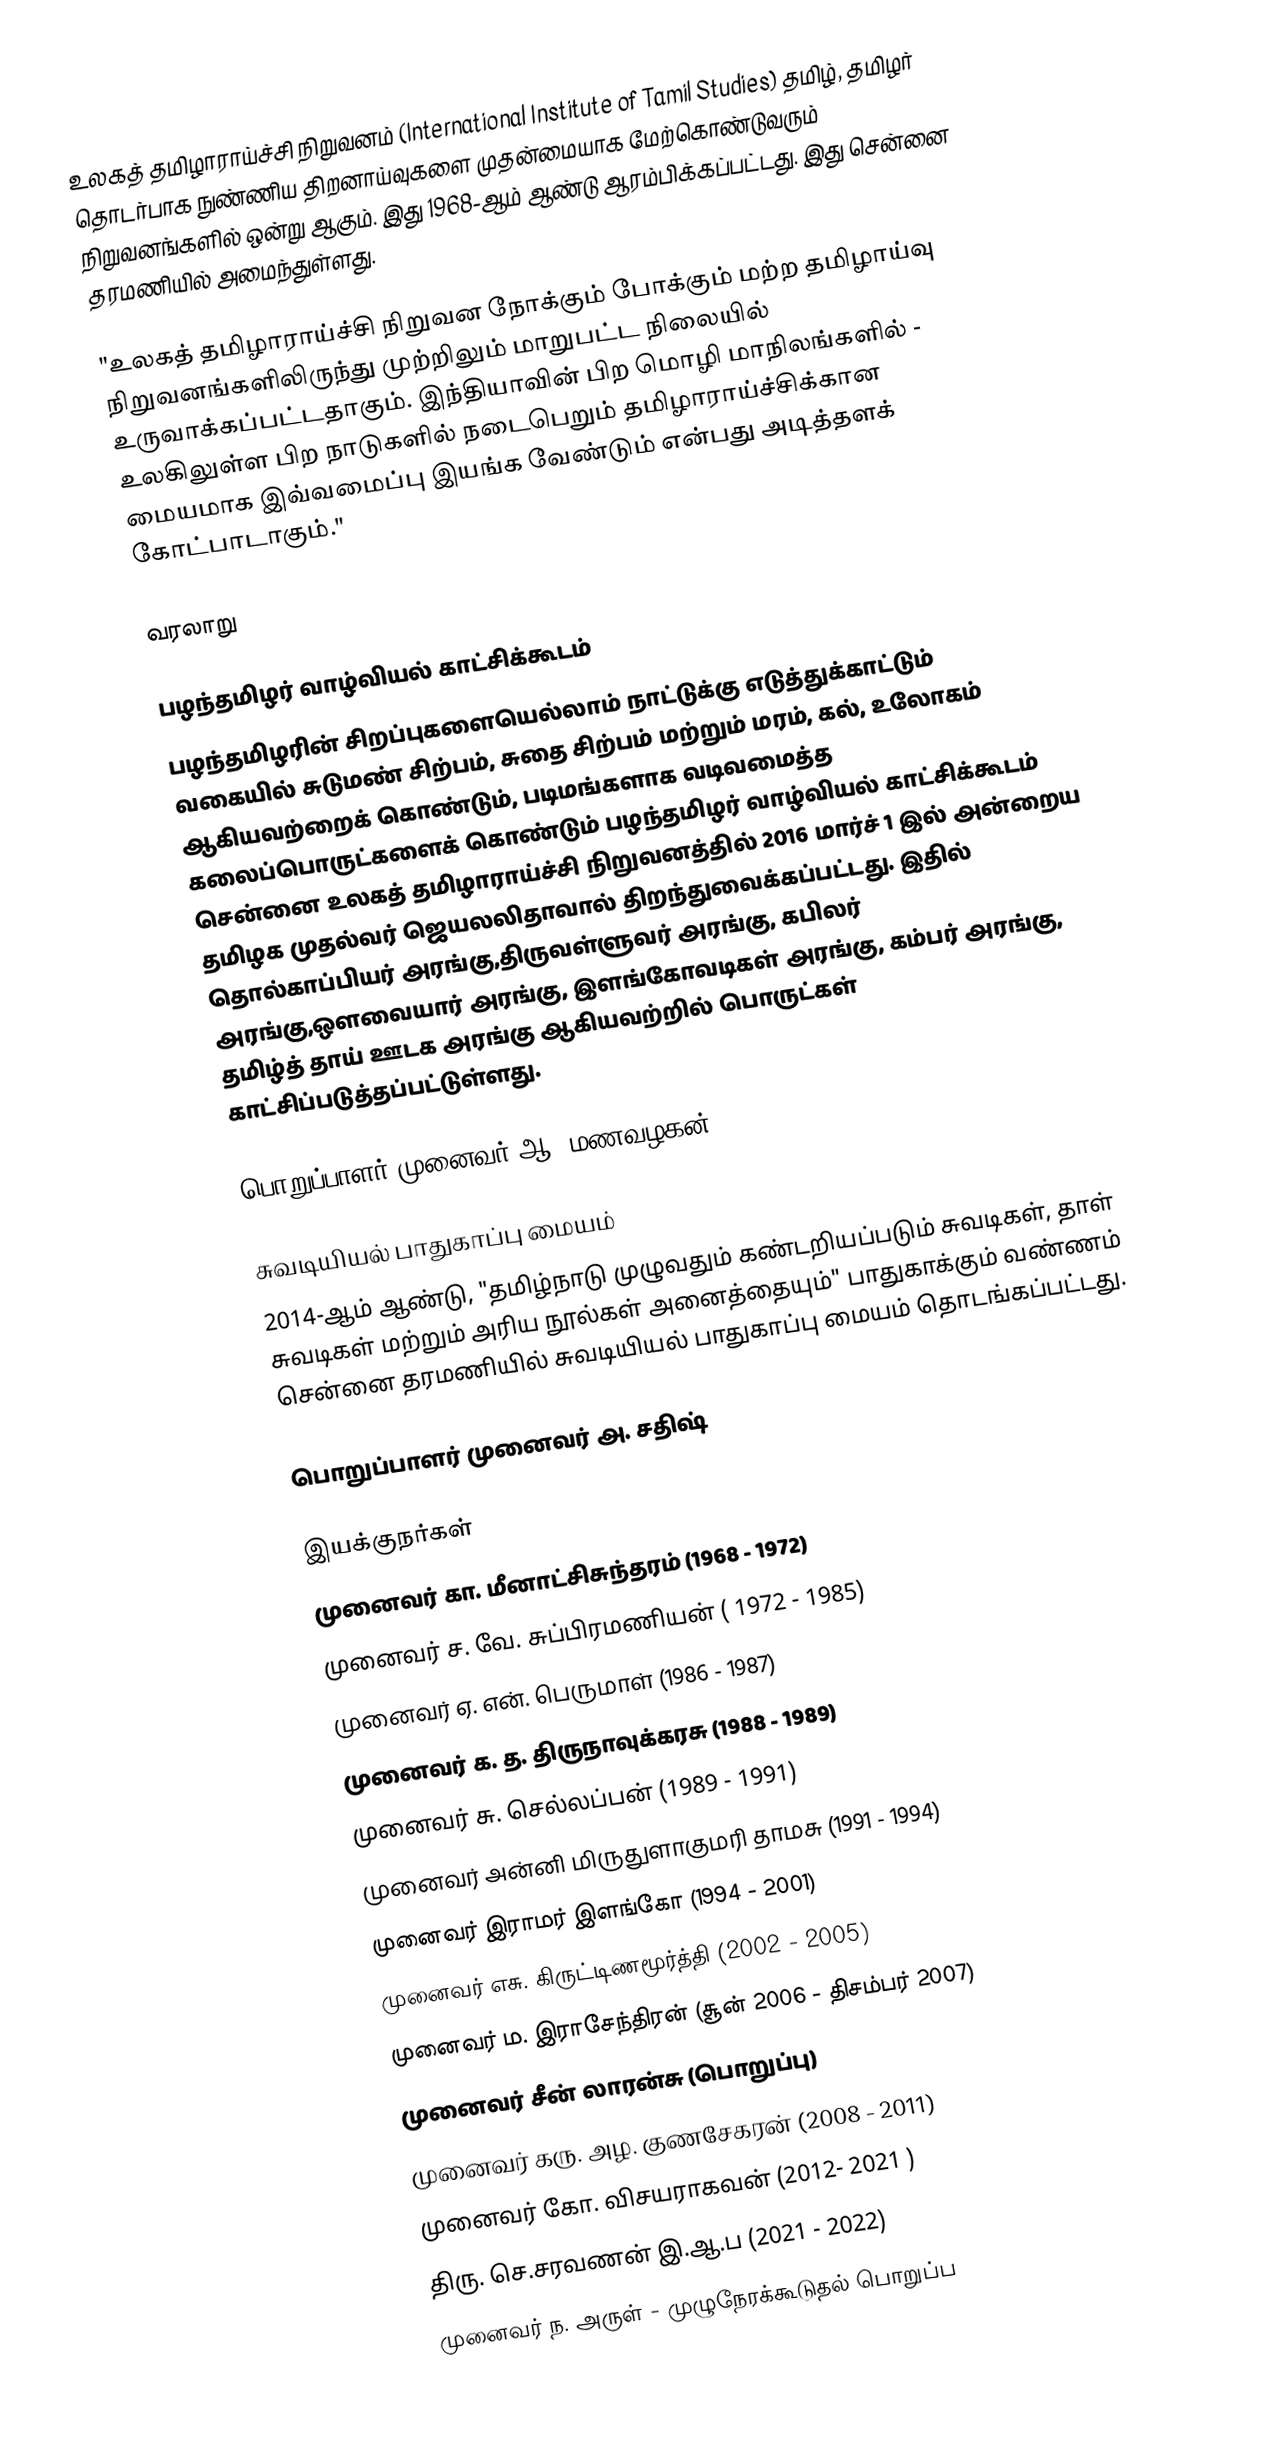
உலகத் தமிழாராய்ச்சி நிறுவனம் (International Institute of Tamil Studies) தமிழ், தமிழர் தொடர்பாக நுண்ணிய திறனாய்வுகளை முதன்மையாக மேற்கொண்டுவரும் நிறுவனங்களில் ஒன்று ஆகும். இது 1968-ஆம் ஆண்டு ஆரம்பிக்கப்பட்டது. இது சென்னை தரமணியில் அமைந்துள்ளது.

"உலகத் தமிழாராய்ச்சி நிறுவன நோக்கும் போக்கும் மற்ற தமிழாய்வு நிறுவனங்களிலிருந்து முற்றிலும் மாறுபட்ட நிலையில் உருவாக்கப்பட்டதாகும். இந்தியாவின் பிற மொழி மாநிலங்களில் - உலகிலுள்ள பிற நாடுகளில் நடைபெறும் தமிழாராய்ச்சிக்கான மையமாக இவ்வமைப்பு இயங்க வேண்டும் என்பது அடித்தளக் கோட்பாடாகும்."

வரலாறு

பழந்தமிழர் வாழ்வியல் காட்சிக்கூடம்
பழந்தமிழரின் சிறப்புகளையெல்லாம் நாட்டுக்கு எடுத்துக்காட்டும் வகையில் சுடுமண் சிற்பம், சுதை சிற்பம் மற்றும் மரம், கல், உலோகம் ஆகியவற்றைக் கொண்டும், படிமங்களாக வடிவமைத்த கலைப்பொருட்களைக் கொண்டும் பழந்தமிழர் வாழ்வியல் காட்சிக்கூடம் சென்னை உலகத் தமிழாராய்ச்சி நிறுவனத்தில் 2016 மார்ச் 1 இல் அன்றைய தமிழக முதல்வர் ஜெயலலிதாவால் திறந்துவைக்கப்பட்டது.  இதில் தொல்காப்பியர் அரங்கு,திருவள்ளுவர் அரங்கு, கபிலர் அரங்கு,ஔவையார் அரங்கு, இளங்கோவடிகள் அரங்கு, கம்பர் அரங்கு, தமிழ்த் தாய் ஊடக அரங்கு ஆகியவற்றில்  பொருட்கள் காட்சிப்படுத்தப்பட்டுள்ளது.

பொறுப்பாளர் முனைவர் ஆ. மணவழகன்

சுவடியியல் பாதுகாப்பு மையம்
2014-ஆம் ஆண்டு, "தமிழ்நாடு முழுவதும் கண்டறியப்படும் சுவடிகள், தாள் சுவடிகள் மற்றும் அரிய நூல்கள் அனைத்தையும்" பாதுகாக்கும் வண்ணம் சென்னை தரமணியில் சுவடியியல் பாதுகாப்பு மையம் தொடங்கப்பட்டது.

பொறுப்பாளர் முனைவர் அ. சதிஷ்

இயக்குநர்கள்
 முனைவர் கா. மீனாட்சிசுந்தரம் (1968 - 1972)
 முனைவர் ச. வே. சுப்பிரமணியன் ( 1972 - 1985)
 முனைவர் ஏ. என். பெருமாள் (1986 - 1987)
 முனைவர் க. த. திருநாவுக்கரசு (1988 - 1989)
 முனைவர் சு. செல்லப்பன் (1989 - 1991)
 முனைவர் அன்னி மிருதுளாகுமரி தாமசு (1991 - 1994)
 முனைவர் இராமர் இளங்கோ (1994 - 2001)
 முனைவர் எசு. கிருட்டிணமூர்த்தி (2002 - 2005)
 முனைவர் ம. இராசேந்திரன் (சூன் 2006 - திசம்பர் 2007)
 முனைவர் சீன் லாரன்சு (பொறுப்பு)
 முனைவர் கரு. அழ. குணசேகரன் (2008 - 2011)
 முனைவர் கோ. விசயராகவன் (2012- 2021 )
 திரு. செ.சரவணன் இ.ஆ.ப (2021 - 2022)
 முனைவர் ந. அருள் - முழுநேரக்கூடுதல் பொறுப்ப